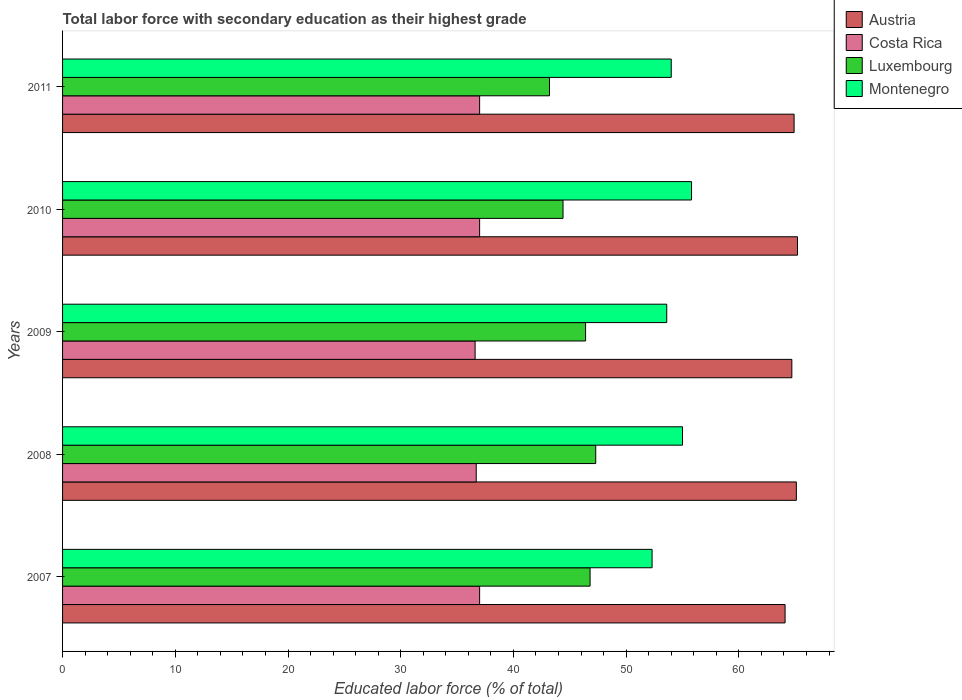
| Years | Austria | Costa Rica | Luxembourg | Montenegro |
 | --- | --- | --- | --- | --- |
 | 2007 | 64.1 | 37 | 46.8 | 52.3 |
 | 2008 | 65.1 | 36.7 | 47.3 | 55 |
 | 2009 | 64.7 | 36.6 | 46.4 | 53.6 |
 | 2010 | 65.2 | 37 | 44.4 | 55.8 |
 | 2011 | 64.9 | 37 | 43.2 | 54 |